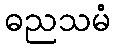
ဓညသမံ